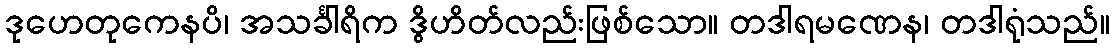
ဒုဟေတုကေနပိ၊ အသင်္ခါရိက ဒွိဟိတ်လည်းဖြစ်သော။ တဒါရမဏေန၊ တဒါရုံသည်။